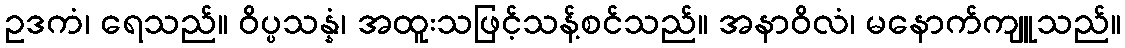
ဥဒကံ၊ ရေသည်။ ဝိပ္ပသန္နံ၊ အထူးသဖြင့်သန့်စင်သည်။ အနာဝိလံ၊ မနောက်ကျူသည်။